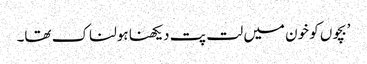
’بچوں کو خون میں لت پت دیکھنا ہولناک تھا۔